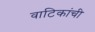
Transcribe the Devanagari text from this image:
वाटिकांची